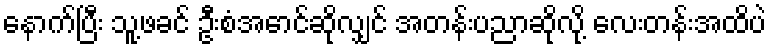
နောက်ပြီး သူ့ဖခင် ဦးစံအောင်ဆိုလျှင် အတန်းပညာဆိုလို့ လေးတန်းအထိပဲ